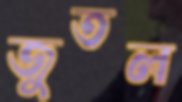
জুতল